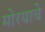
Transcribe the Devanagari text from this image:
मोरयाचे